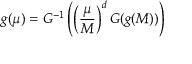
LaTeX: g ( \mu ) = G ^ { - 1 } \left( \left( { \frac { \mu } { M } } \right) ^ { d } G ( g ( M ) ) \right)